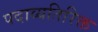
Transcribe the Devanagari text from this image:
पदाव्यतिरिक्त